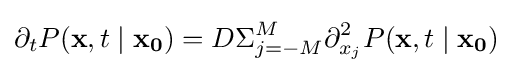
\partial _{t}P(\mathbf {x} ,t\mid \mathbf {x_{0}} )=D\Sigma _{j=-M}^{M}\partial _{x_{j}}^{2}P(\mathbf {x} ,t\mid \mathbf {x_{0}} )